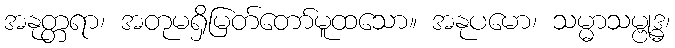
အနုတ္တရာ၊ အတုမရှိမြတ်တော်မူထသော။ အနုပမော၊ သမ္မာသမ္ဗုဒ္ဓ၊